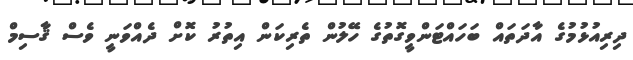
ދިރިއުޅުމުގެ އާދަތައް ބަހައްޓަންވީގޮތުގެ ހޭލުން ތެރިކަން އިތުރު ކޮށް ދެއްވަނީ ވެސް ޤާސިމް